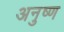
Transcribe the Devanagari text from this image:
अनुष्ण